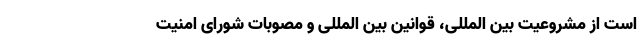
است از مشروعیت بین المللی، قوانین بین المللی و مصوبات شورای امنیت